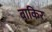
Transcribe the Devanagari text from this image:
बाकिर